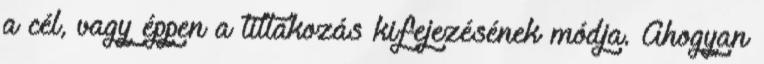
a cél, vagy éppen a tiltakozás kifejezésének módja. Ahogyan